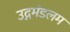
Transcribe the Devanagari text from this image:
उद्गमंडलम